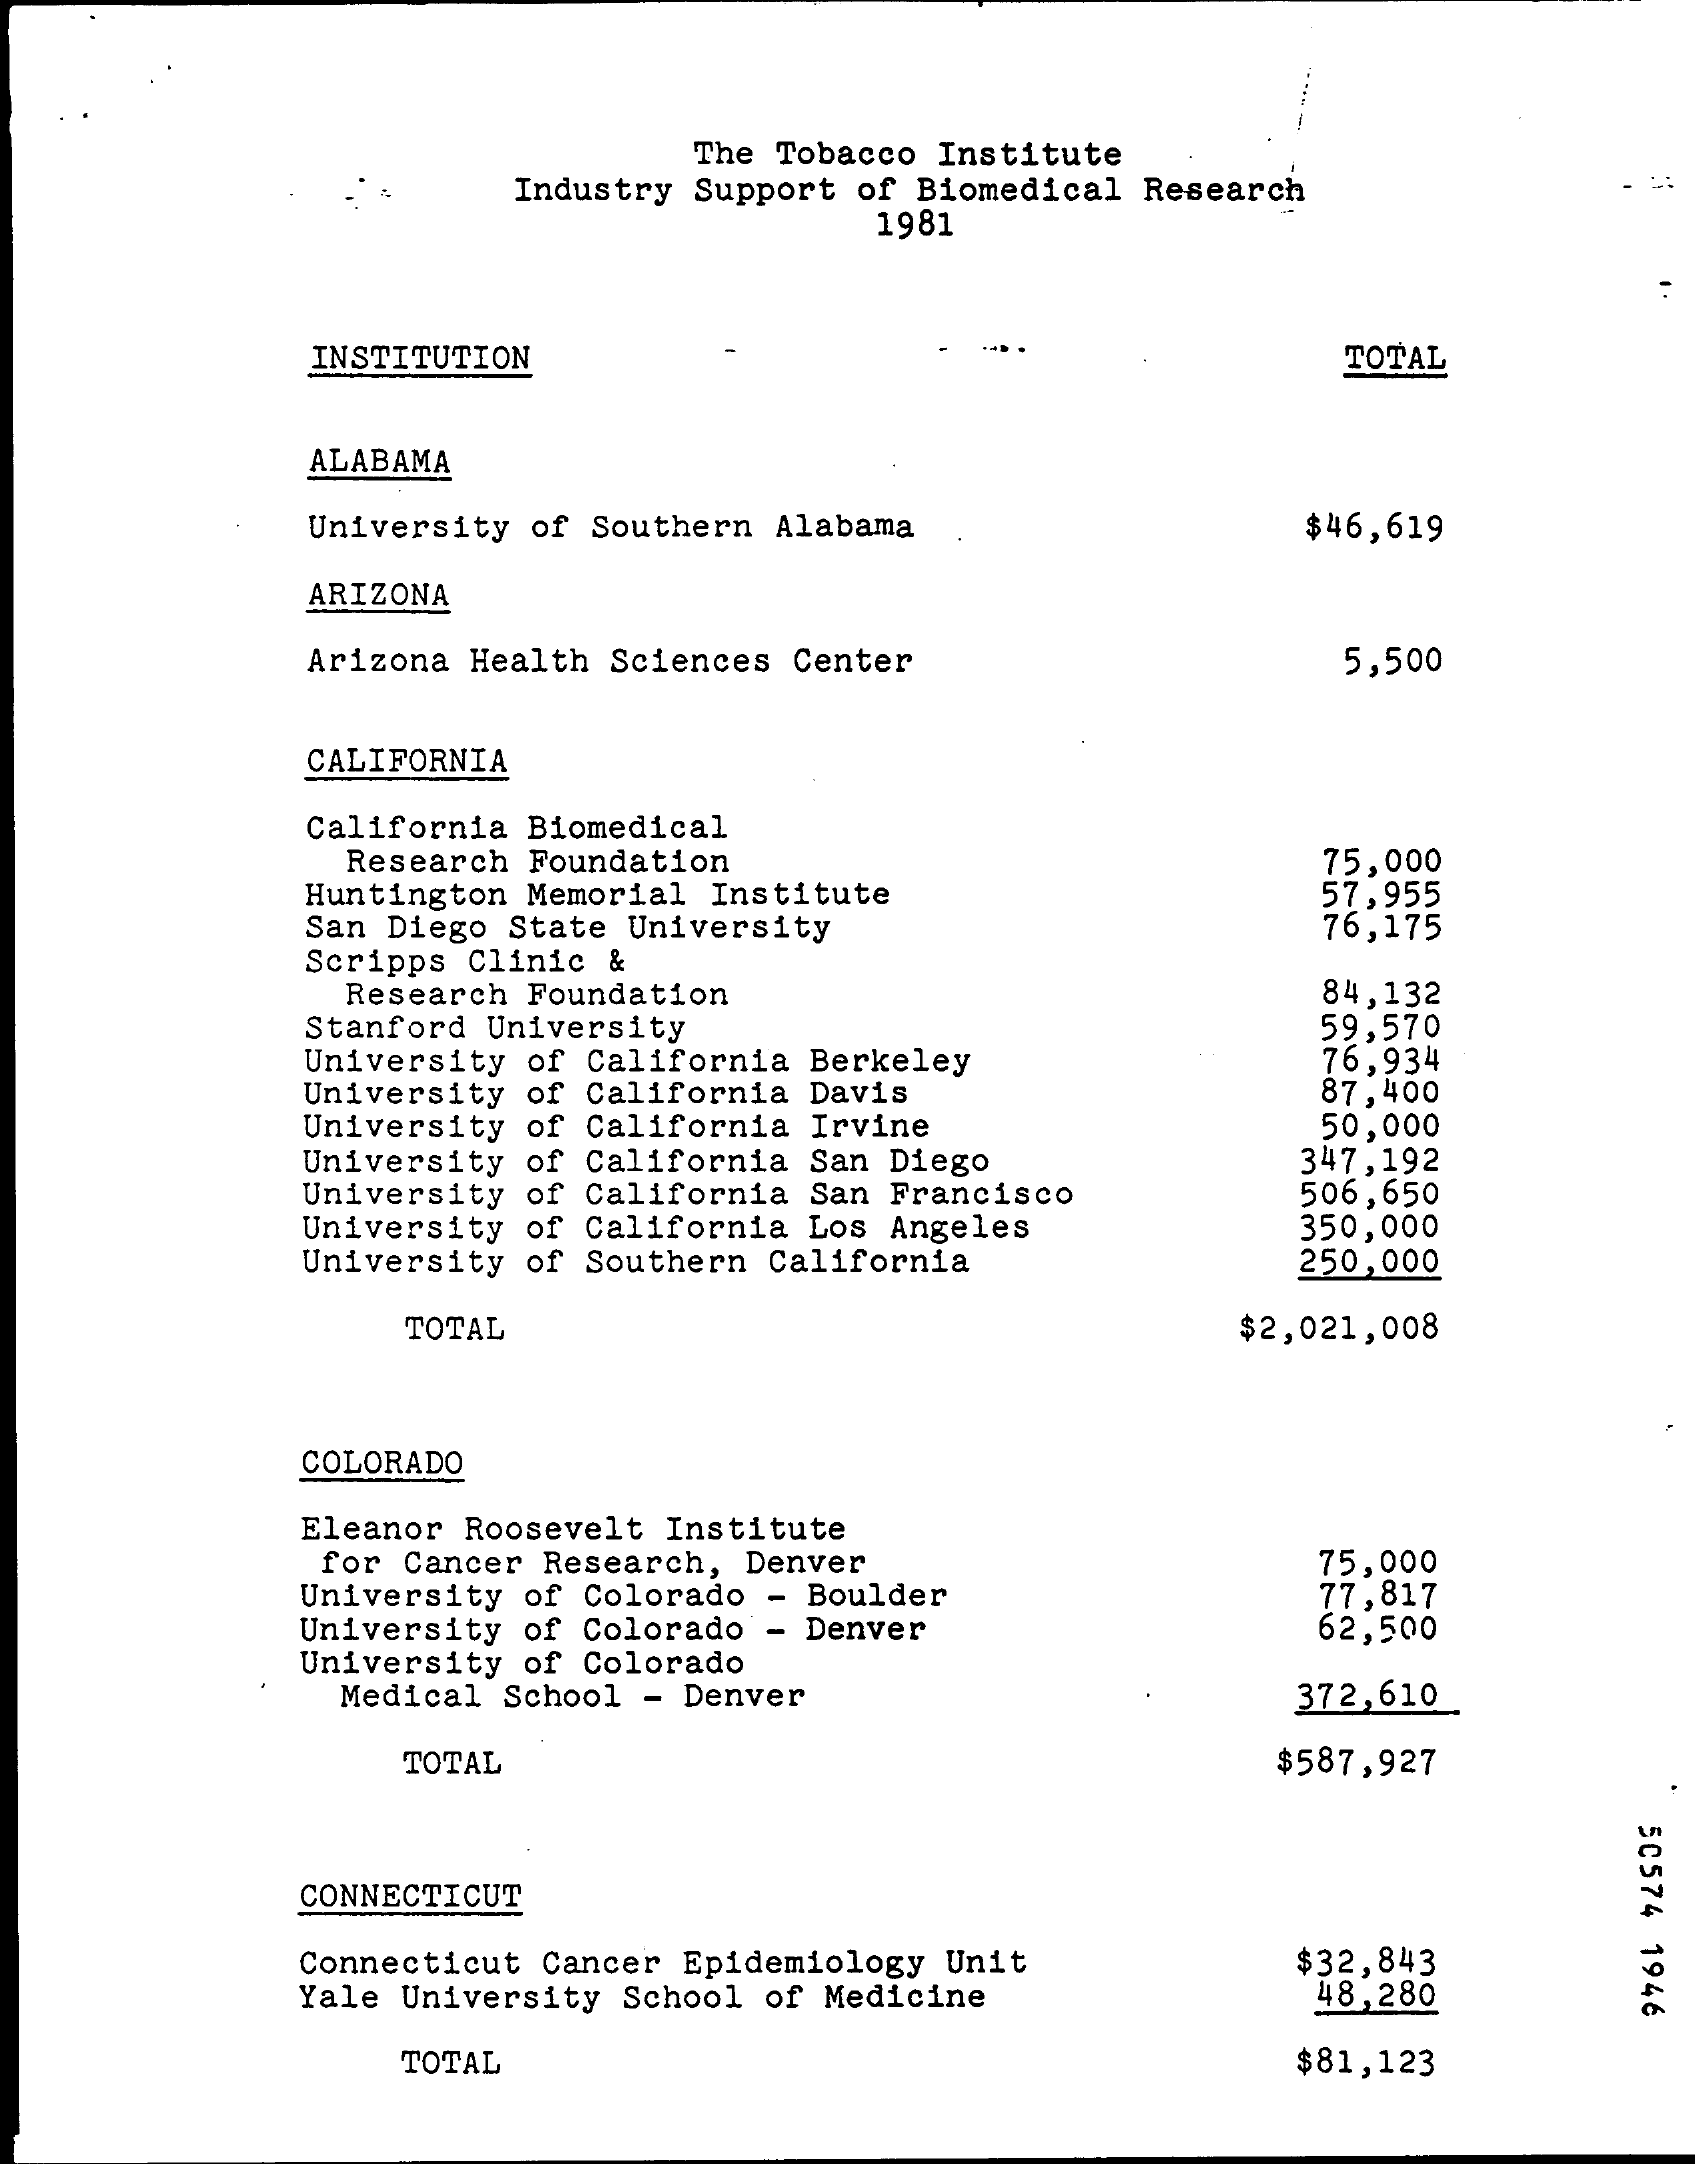
The Tobacco Institute
     Industry Support of Biomedical Research
     1981
     INSTITUTION    TOTAL
     ALABAMA
     University of Southern Alabama   $46,619
     ARIZONA
     Arizona Health Sciences Center    5,500
     CALIFORNIA
     California Biomedical
     Research Foundation
     Huntington Memorial Institute
     75,000
     San Diego State University
     57,955
     Scripps Clinic &
     76,175
     Research Foundation    84,132
     Stanford University    59,570
     University of California Berkeley 76,934
     University of California Davis   87,400
     University of California Irvine
     University of California San Diego
     50,000
     University of California San Francisco
     347,192
     University of California Los Angeles
     506,650
     350,000
     University of Southern California 250,000
     TOTAL    $2,021,008
     COLORADO
     Eleanor Roosevelt Institute
     for Cancer Research, Denver    75,000
     University of Colorado - Boulder
     University of Colorado - Denver
     77,817
     62,500
     University of Colorado
     Medical School - Denver    372,610
     TOTAL    $587,927
     50574
     1946
     CONNECTICUT
     Connecticut Cancer Epidemiology Unit
     Yale University School of Medicine
     $32,843
     48,280
     TOTAL    $81,123